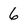
Character: 6